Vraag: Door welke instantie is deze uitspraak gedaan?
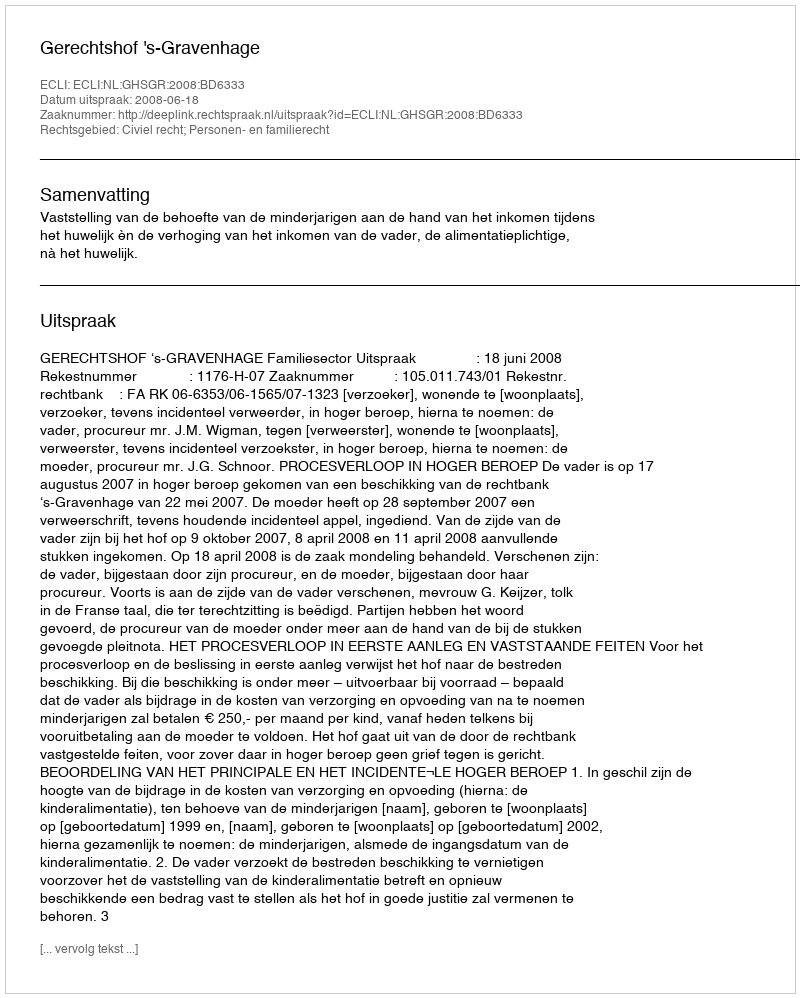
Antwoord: Gerechtshof 's-Gravenhage